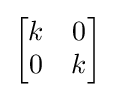
{\begin{bmatrix}k&0\\0&k\end{bmatrix}}